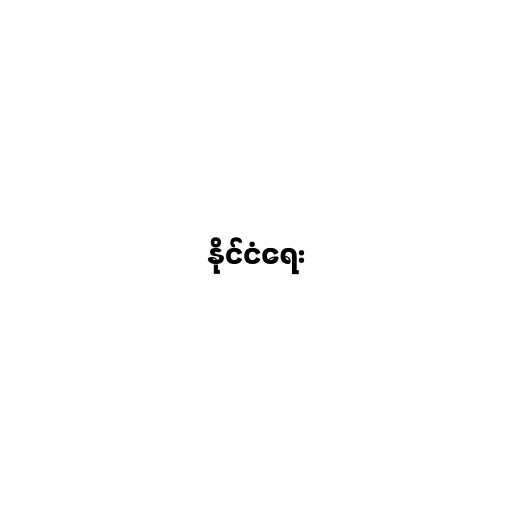
နိုင်ငံရေး